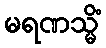
မရဏသ္မိံ